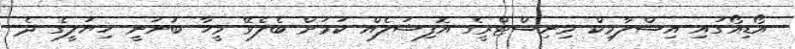
އޯޑިއޯގައި އިސްލާމިކް މިނިސްޓްރީގެ އޮފިޝަލެއް ކަމަށް ބެލެވޭ މީހާ ބުނަނީ ހިޔަލީގެ ދެ